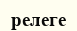
релеге